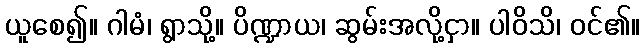
ယူစေ၍။ ဂါမံ၊ ရွာသို့။ ပိဏ္ဍာယ၊ ဆွမ်းအလို့ငှာ။ ပါဝိသိ၊ ဝင်၏။